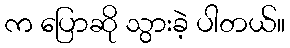
က ပြောဆို သွားခဲ့ ပါတယ်။